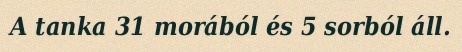
A tanka 31 morából és 5 sorból áll.